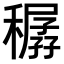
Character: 𥢨